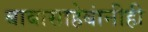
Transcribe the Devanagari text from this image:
बाबासाहेबांनीही